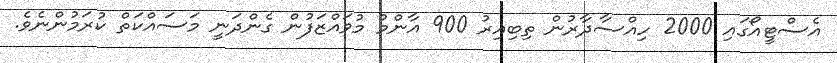
އެސްޓީއޯގައި 2000 ހިއްސާދާރުން ތިބިއިރު 900 އާންމު މުވައްޒަފުން ގެންދަނީ މަސައްކަތް ކުރަމުންނެވެ.